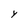
Character: Y